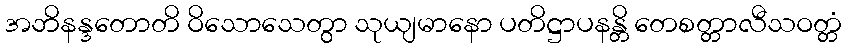
အဘိနန္ဒတောတိ ဝိသောသေတွာ သုယျမာနော ပတိဋ္ဌာပနန္တိ တေစတ္တာလီသဝတ္တံ